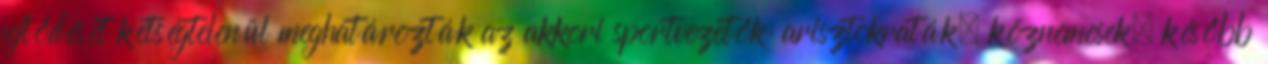
fejlődését kétségtelenül meghatározták az akkori sportvezetők: arisztokraták, köznemesek, később